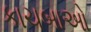
કાચબાઓ